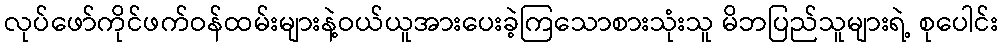
လုပ်ဖော်ကိုင်ဖက်ဝန်ထမ်းများနဲ့ဝယ်ယူအားပေးခဲ့ကြသောစားသုံးသူ မိဘပြည်သူများရဲ့ စုပေါင်း